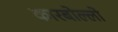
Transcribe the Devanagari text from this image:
कारबोल्लो